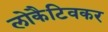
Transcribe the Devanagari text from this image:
लोकैटिवकर